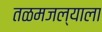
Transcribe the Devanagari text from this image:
तळमजल्याला